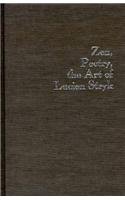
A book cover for Zen, Poetry, the Art Of Lucien Stryk; Susan Porterfield; Literature & Fiction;